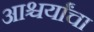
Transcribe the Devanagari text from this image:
आश्चर्यांचा